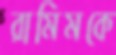
রামিমকে